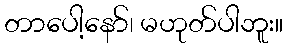
တာပေါ့နော်၊ မဟုတ်ပါဘူး။